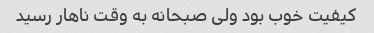
کیفیت خوب بود ولی صبحانه به وقت ناهار رسید